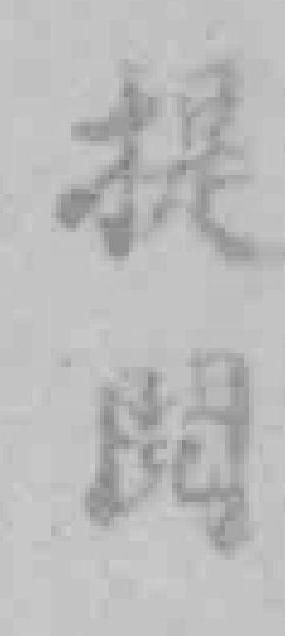
提閱